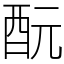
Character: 酛